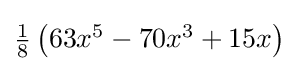
{\textstyle {\tfrac {1}{8}}\left(63x^{5}-70x^{3}+15x\right)}